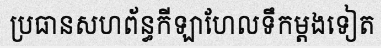
ប្រធានសហព័ន្ធកីឡាហែលទឹកម្តងទៀត